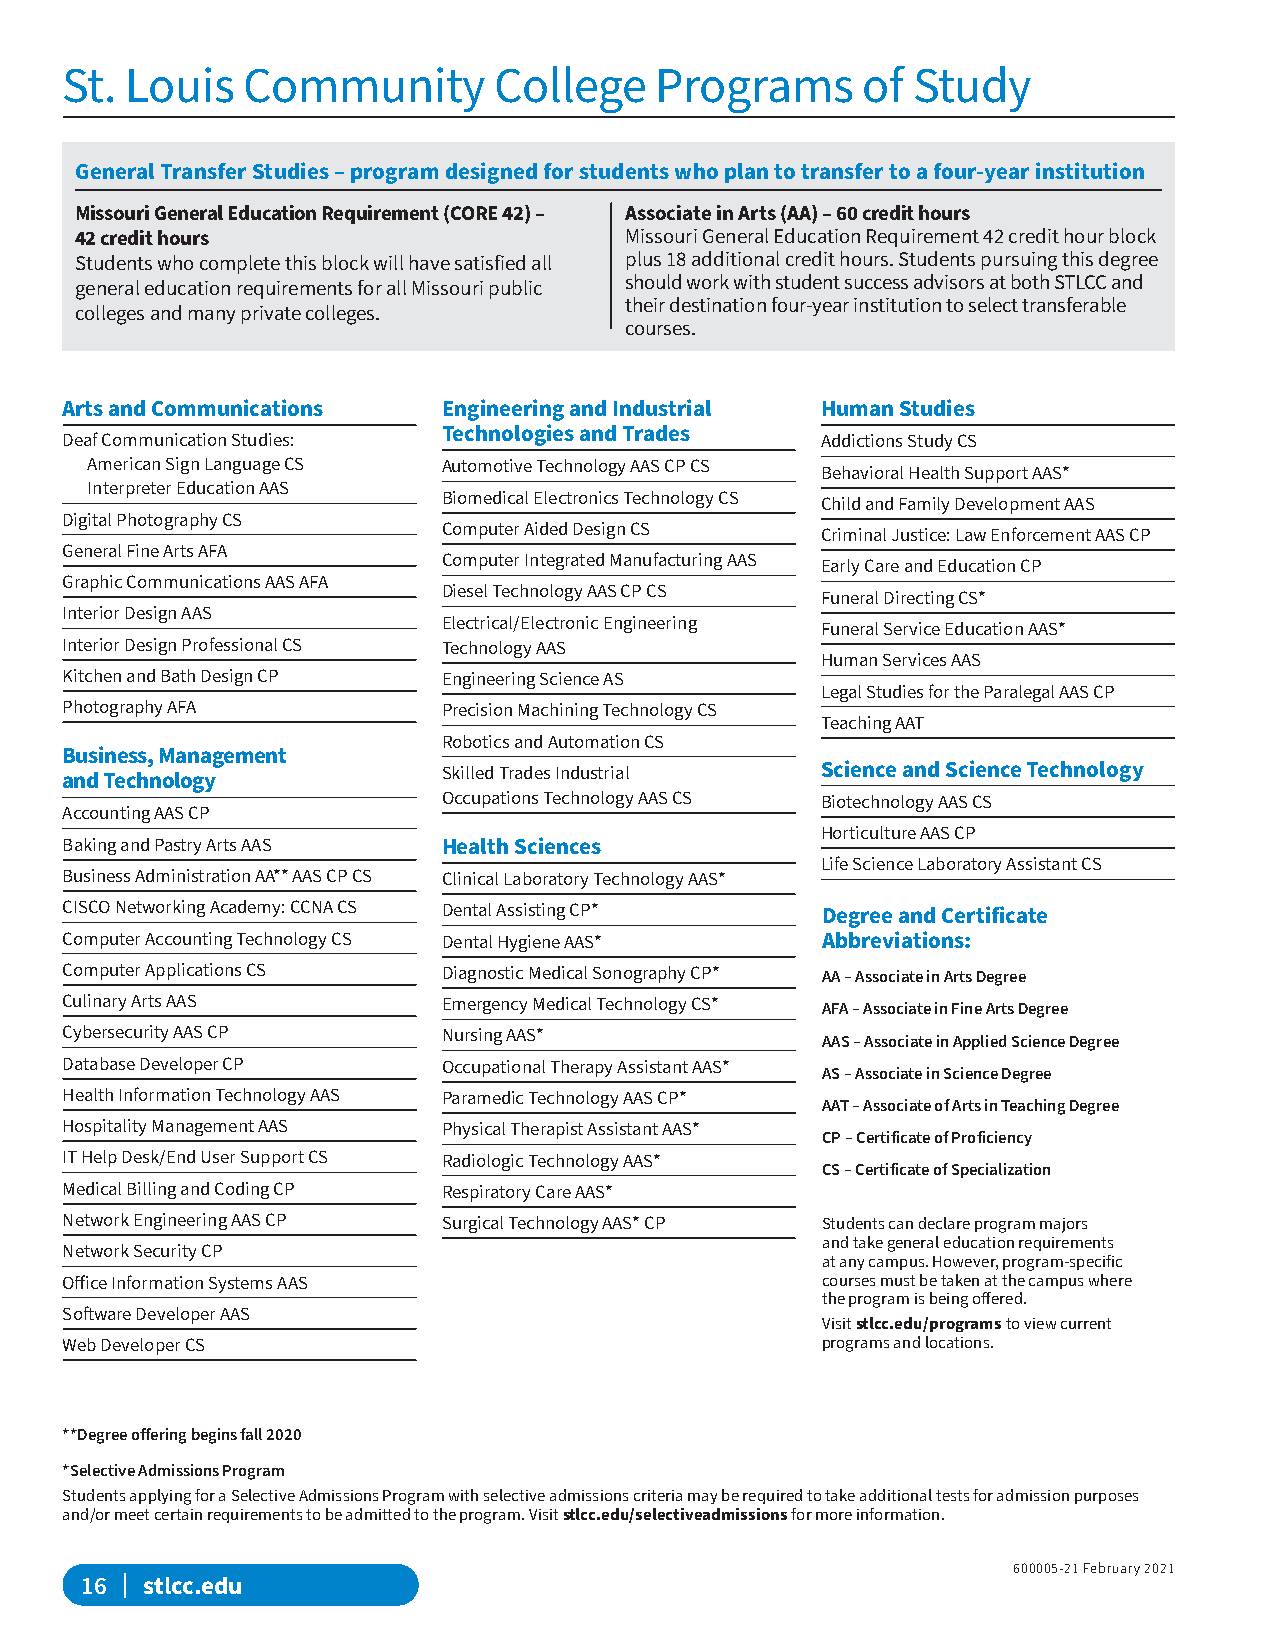
St. Louis   Community        College   Programs      of Study
 General Transfer Studies – program designed for students who plan to transfer to a four-year institution
 Missouri General Education Requirement (CORE 42) – Associate in Arts (AA) – 60 credit hours
 42 credit hours                     Missouri General Education Requirement 42 credit hour block
 Students who complete this block will have satisfied all plus 18 additional credit hours. Students pursuing this degree
 general education requirements for all Missouri public should work with student success advisors at both STLCC and
 their destination four-year institution to select transferable
 colleges and many private colleges.
 courses.
 Arts and Communications  Engineering and Industrial Human Studies
 Technologies and Trades
 Deaf Communication Studies:                       Addictions Study CS
 American Sign Language CS Automotive Technology AAS CP CS
 Behavioral Health Support AAS*
 Interpreter Education AAS
 Biomedical Electronics Technology CS
 Child and Family Development AAS
 Digital Photography CS
 Computer Aided Design CS
 Criminal Justice: Law Enforcement AAS CP
 General Fine Arts AFA
 Computer Integrated Manufacturing AAS
 Early Care and Education CP
 Graphic Communications AAS AFA
 Diesel Technology AAS CP CS
 Funeral Directing CS*
 Interior Design AAS
 Electrical/Electronic Engineering
 Funeral Service Education AAS*
 Interior Design Professional CS Technology AAS
 Human Services AAS
 Kitchen and Bath Design CP Engineering Science AS
 Legal Studies for the Paralegal AAS CP
 Photography AFA          Precision Machining Technology CS
 Teaching AAT
 Robotics and Automation CS
 Business, Management
 Skilled Trades Industrial Science and Science Technology
 and Technology
 Occupations Technology AAS CS Biotechnology AAS CS
 Accounting AAS CP
 Horticulture AAS CP
 Baking and Pastry Arts AAS Health Sciences
 Life Science Laboratory Assistant CS
 Business Administration AA** AAS CP CS Clinical Laboratory Technology AAS*
 CISCO Networking Academy: CCNA CS Dental Assisting CP* Degree and Certificate
 Computer Accounting Technology CS Dental Hygiene AAS* Abbreviations:
 Computer Applications CS Diagnostic Medical Sonography CP* AA – Associate in Arts Degree
 Culinary Arts AAS        Emergency Medical Technology CS* AFA – Associate in Fine Arts Degree
 Cybersecurity AAS CP     Nursing AAS*
 AAS – Associate in Applied Science Degree
 Database Developer CP    Occupational Therapy Assistant AAS*
 AS – Associate in Science Degree
 Health Information Technology AAS Paramedic Technology AAS CP*
 AAT – Associate of Arts in Teaching Degree
 Hospitality Management AAS Physical Therapist Assistant AAS*
 CP – Certificate of Proficiency
 IT Help Desk/End User Support CS Radiologic Technology AAS*
 CS – Certificate of Specialization
 Medical Billing and Coding CP Respiratory Care AAS*
 Network Engineering AAS CP Surgical Technology AAS* CP Students can declare program majors
 and take general education requirements
 Network Security CP
 at any campus. However, program-specific
 Office Information Systems AAS                    courses must be taken at the campus where
 the program is being offered.
 Software Developer AAS
 Visit stlcc.edu/programs to view current
 Web Developer CS                                  programs and locations.
 **Degree offering begins fall 2020
 *Selective Admissions Program
 Students applying for a Selective Admissions Program with selective admissions criteria may be required to take additional tests for admission purposes
 and/or meet certain requirements to be admitted to the program. Visit stlcc.edu/selectiveadmissions for more information.
 600005-21 February 2021
 16 | stlcc.edu